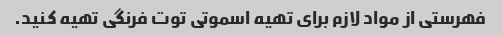
فهرستی از مواد لازم برای تهیه اسموتی توت فرنگی تهیه کنید.